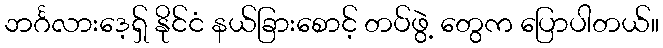
ဘင်္ဂလားဒေ့ရှ် နိုင်ငံ နယ်ခြားစောင့် တပ်ဖွဲ့ တွေက ပြောပါတယ်။